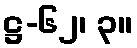
ဋ္ဌ-၆၂၊ ၃။